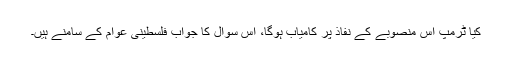
کیا ٹرمپ اس منصوبے کے نفاذ پر کامیاب ہوگا، اس سوال کا جواب فلسطینی عوام کے سامنے ہیں۔